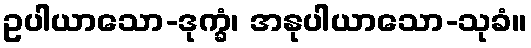
ဥပါယာသော-ဒုက္ခံ၊ အနုပါယာသော-သုခံ။